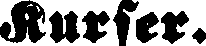
Kurser.